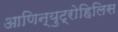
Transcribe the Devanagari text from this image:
आणिन्युट्रोहिलिस